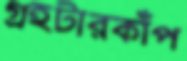
গ্রহটারকাঁপ